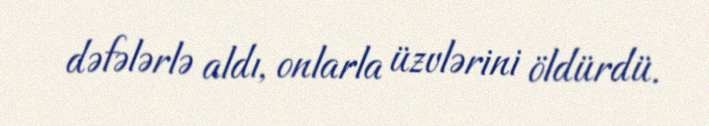
dəfələrlə aldı, onlarla üzvlərini öldürdü.